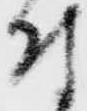
付